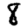
Digit: 8